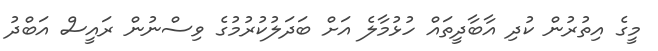
މީގެ އިތުރުން ކުދި އާބާދީތައް ހުޅުމާލެ އަށް ބަދަލުކުރުމުގެ ވިސްނުން ރައީސް އަަބްދު